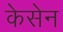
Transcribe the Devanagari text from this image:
केसेन